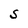
Character: S